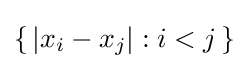
\{\,|x_{i}-x_{j}|:i<j\,\}